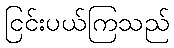
ငြင်းပယ်ကြသည်